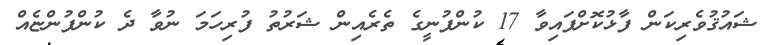
ޝައުޤުވެރިކަން ފާޅުކޮށްފައިވާ 17 ކުންފުނީގެ ތެރެއިން ޝަރުތު ފުރިހަމަ ނުވާ ދެ ކުންފުންޏެއް